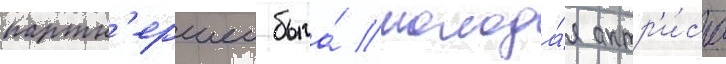
партн'ершеи была́ молода́я актр'и́са